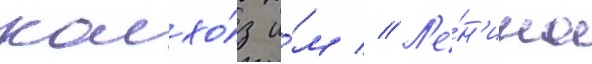
колхо́з и́м // Л'е́н'ина